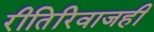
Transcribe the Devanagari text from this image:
रीतिरिवाजही